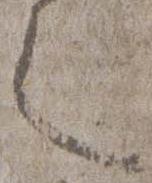
々